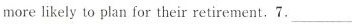
more likely to plan for their retirement.7. ___